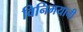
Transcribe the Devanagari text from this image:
विनिमयाची